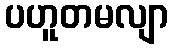
ပဟူတမလျာ